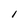
Character: I